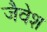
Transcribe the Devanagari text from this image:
जैवेश